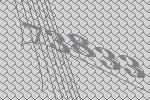
73833